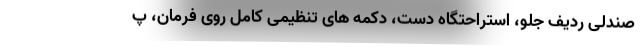
صندلی ردیف جلو، استراحتگاه دست، دکمه های تنظیمی کامل روی فرمان، پ